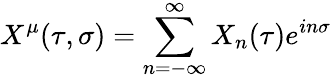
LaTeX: X^{\mu}(\tau,\sigma)=\sum_{n=-\infty}^{\infty}X_{n}(\tau)e^{in\sigma}